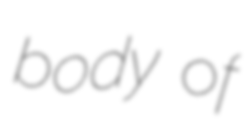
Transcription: body of